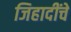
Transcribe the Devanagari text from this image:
जिहादींचे